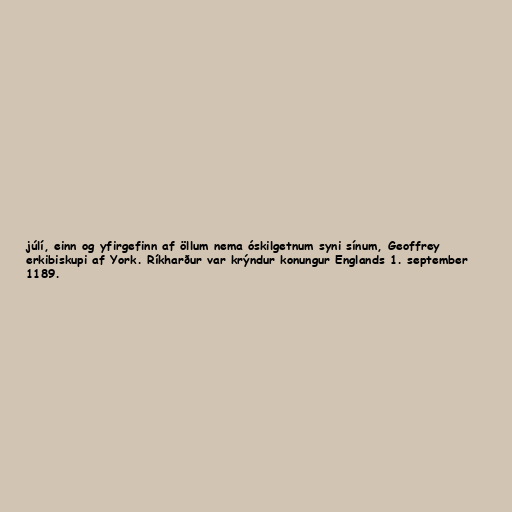
júlí, einn og yfirgefinn af öllum nema óskilgetnum syni sínum, Geoffrey
erkibiskupi af York. Ríkharður var krýndur konungur Englands 1. september
1189.